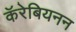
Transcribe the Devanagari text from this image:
कॅरेबियनन